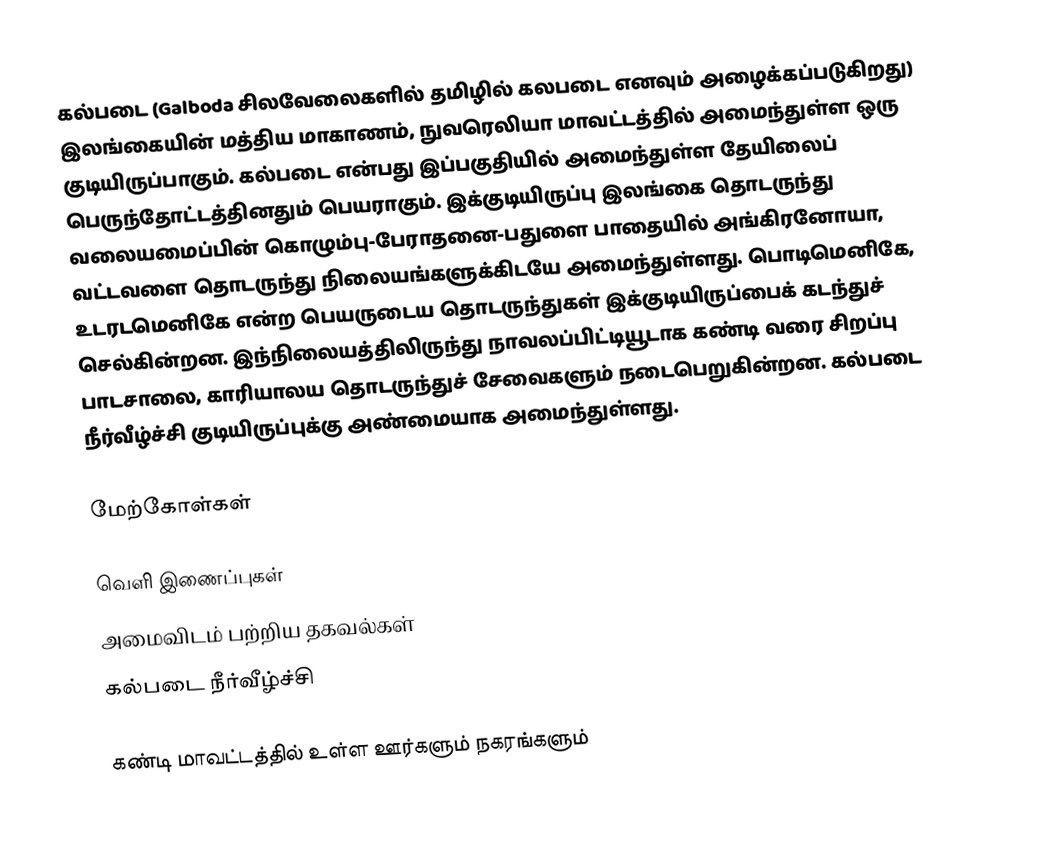
கல்படை (Galboda சிலவேலைகளில் தமிழில் கலபடை எனவும் அழைக்கப்படுகிறது) இலங்கையின்  மத்திய மாகாணம், நுவரெலியா மாவட்டத்தில் அமைந்துள்ள ஒரு குடியிருப்பாகும். கல்படை என்பது இப்பகுதியில் அமைந்துள்ள தேயிலைப் பெருந்தோட்டத்தினதும் பெயராகும். இக்குடியிருப்பு இலங்கை தொடருந்து வலையமைப்பின் கொழும்பு-பேராதனை-பதுளை பாதையில் அங்கிரனோயா, வட்டவளை தொடருந்து நிலையங்களுக்கிடயே அமைந்துள்ளது. பொடிமெனிகே, உடரடமெனிகே என்ற பெயருடைய தொடருந்துகள் இக்குடியிருப்பைக் கடந்துச் செல்கின்றன. இந்நிலையத்திலிருந்து நாவலப்பிட்டியூடாக கண்டி வரை சிறப்பு பாடசாலை, காரியாலய தொடருந்துச் சேவைகளும் நடைபெறுகின்றன. கல்படை நீர்வீழ்ச்சி குடியிருப்புக்கு அண்மையாக அமைந்துள்ளது.

மேற்கோள்கள்

வெளி இணைப்புகள்
அமைவிடம் பற்றிய தகவல்கள்
கல்படை நீர்வீழ்ச்சி

கண்டி மாவட்டத்தில் உள்ள ஊர்களும் நகரங்களும்